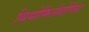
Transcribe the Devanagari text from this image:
थियोफिलेंथ्रोपिस्ट